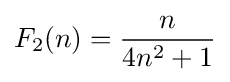
F_{2}(n)={\frac {n}{4n^{2}+1}}